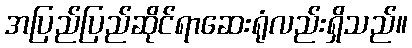
အပြည်ပြည်ဆိုင်ရာဆေးရုံလည်းရှိသည်။